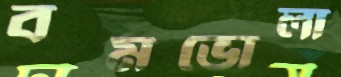
বমভোলা